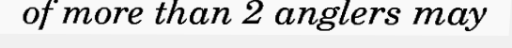
of more than 2 anglers may